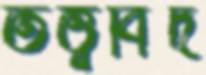
তত্ত্ববিদ